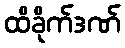
ထိခိုက်ဒဏ်